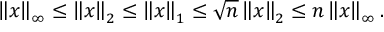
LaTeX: \left\| x \right\| _ { \infty } \leq \left\| x \right\| _ { 2 } \leq \left\| x \right\| _ { 1 } \leq { \sqrt { n } } \left\| x \right\| _ { 2 } \leq n \left\| x \right\| _ { \infty } .